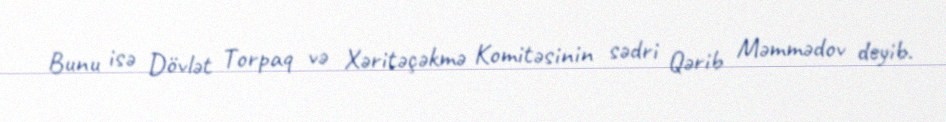
Bunu isə Dövlət Torpaq və Xəritəçəkmə Komitəsinin sədri Qərib Məmmədov deyib.